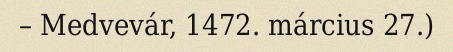
– Medvevár, 1472. március 27.)